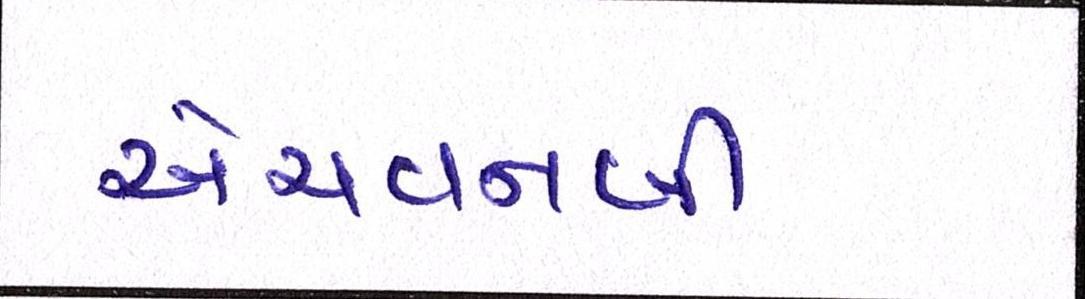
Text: એચવનબી